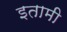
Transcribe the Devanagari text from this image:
इतामी